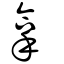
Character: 拿